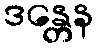
ဒန္တေန